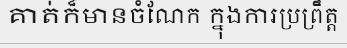
គាត់ក៏មានចំណែក ក្នុងការប្រព្រឹត្ត